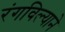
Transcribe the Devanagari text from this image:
रंगविल्याने